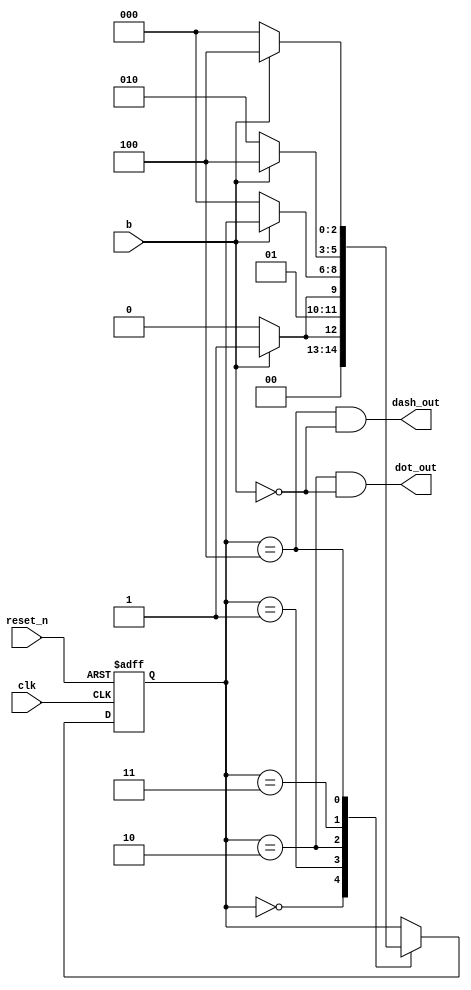
`timescale 1ns / 1ps
//////////////////////////////////////////////////////////////////////////////////
// Company: 
// Engineer: 
// 
// Design Name: 
// Module Name: morse_code_two
// Project Name: 
// Target Devices: 
// Tool Versions: 
// Description: 
// 
// Dependencies: 
// 
// Revision:
// Revision 0.01 - File Created
// Additional Comments:
// 
//////////////////////////////////////////////////////////////////////////////////


module morse_code_two(
    input clk,reset_n,
    output dot_out,dash_out,
    input b
    );
    reg [2:0] state_reg, state_next;
    localparam s0 = 0;
    localparam s1 = 1;
    localparam s2 = 2;
    localparam s3 = 3;
    localparam s4 = 4;
    
     always @(posedge clk, negedge reset_n)
    begin
        if (~reset_n)
            state_reg <= s0;
        else
            state_reg <= state_next;
    end
    
    // Next State
    always @(*)
    begin
        state_next = state_reg;
        case(state_reg)
              
            s0: if(~b) //goes to dot output
                    state_next = s0;
               else if (b)
                    state_next = s1;
               else
                    state_next = s0;
            s1: if(~b) 
                    state_next = s2;
               else if (b)
                    state_next = s3;
                         
             
            s2: if(~b)  
                    state_next = s0;
           
                    
            s3: if(b) //dash output
                    state_next = s4;
             else if (~b)
                    state_next = s2;
           
            s4: if(~b)  
                    state_next = s0;
                else if (b)
                    state_next = s4;
         
            default: state_next = state_reg;
        endcase
    
    end
    
  
     assign dot_out = (state_reg == s2) & (~b) ;
     assign dash_out =((state_reg == s4) & (~b));
     
   
     //assign lg = ((state_reg == sLG1) & (~b)) || ((state_reg == sLG2) & (~b)) ;
    // assign wg = ((state_reg == sWG2) & (~b)) || ((state_reg == sWG1) & (~b));
     
endmodule